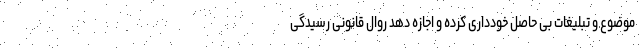
موضوع و تبلیغات بی حاصل خودداری کرده و اجازه دهد روال قانونی رسیدگی